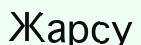
Жарсу